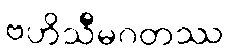
ဗဟိသီမဂတဿ